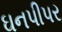
ઘનપીપર